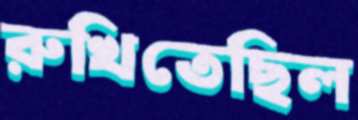
রুখিতেছিল